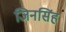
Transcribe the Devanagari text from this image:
जिनसिंह